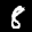
Label: 8